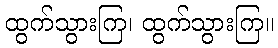
ထွက်သွားကြ၊ ထွက်သွားကြ။